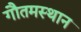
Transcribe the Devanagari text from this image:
गौतमस्थान